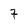
Character: 7